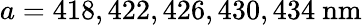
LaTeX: a=418,422,426,430,434\ \mathrm{nm}